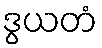
ဒွယတံ